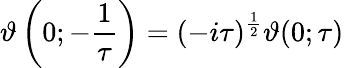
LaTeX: \vartheta\left(0;-{\frac{1}{\tau}}\right)=(-i\tau)^{\frac{1}{2}}\vartheta(0;\tau)